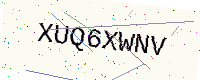
Text: XUQ6XWNV